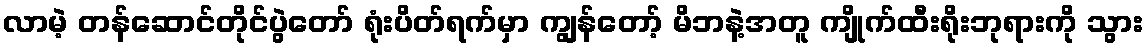
လာမဲ့ တန်ဆောင်တိုင်ပွဲတော် ရုံးပိတ်ရက်မှာ ကျွန်တော့် မိဘနဲ့အတူ ကျိုက်ထီးရိုးဘုရားကို သွား